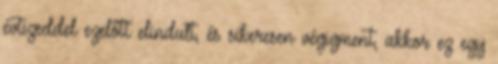
évtizeddel ezelőtt elindult, és sikeresen végigment, akkor ez egy